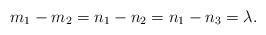
LaTeX: \begin{align*}m_1-m_2=n_1-n_2=n_1-n_3=\lambda.\end{align*}